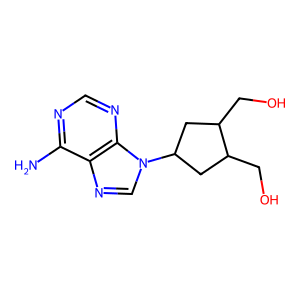
SMILES: Nc1ncnc2c1ncn2C1CC(CO)C(CO)C1
Inhibits HIV replication: No